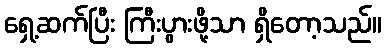
ရှေ့ဆက်ပြီး ကြီးပွားဖို့သာ ရှိတော့သည်။